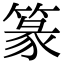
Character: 篆